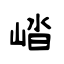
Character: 崉